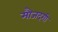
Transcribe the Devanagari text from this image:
मौजदगी